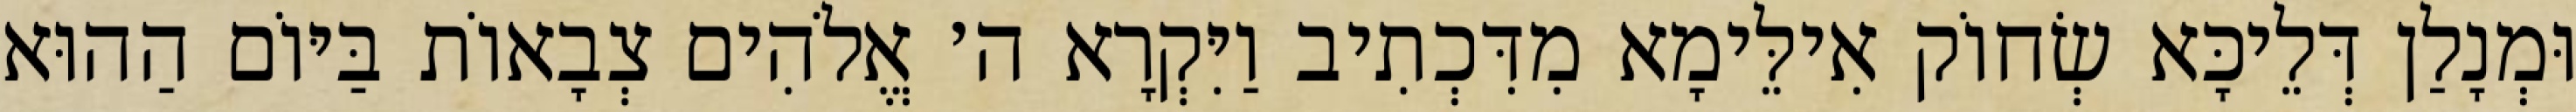
וּמְנָלַן דְּלֵיכָּא שְׂחוֹק אִילֵּימָא מִדִּכְתִיב וַיִּקְרָא ה׳ אֱלֹהִים צְבָאוֹת בַּיּוֹם הַהוּא